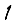
Digit: 1